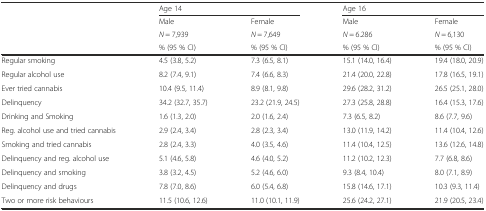
|  | <COLSPAN=2> Age 14 | <COLSPAN=2> Age 16 |
 | <ROWSPAN=3>  | Male | Female | Male | Female |
 | N = 7,939 | N = 7,649 | N = 6.286 | N = 6,130 |
 | % (95 % CI) | % (95 % CI) | % (95 % CI) | % (95 % CI) |
 | --- | --- | --- | --- | --- |
 | Regular smoking | 4.5 (3.8, 5.2) | 7.3 (6.5, 8.1) | 15.1 (14.0, 16.4) | 19.4 (18.0, 20.9) |
 | Regular alcohol use | 8.2 (7.4, 9.1) | 7.4 (6.6, 8.3) | 21.4 (20.0, 22.8) | 17.8 (16.5, 19.1) |
 | Ever tried cannabis | 10.4 (9.5, 11.4) | 8.9 (8.1, 9.8) | 29.6 (28.2, 31.2) | 26.5 (25.1, 28.0) |
 | Delinquency | 34.2 (32.7, 35.7) | 23.2 (21.9, 24.5) | 27.3 (25.8, 28.8) | 16.4 (15.3, 17.6) |
 | Drinking and Smoking | 1.6 (1.3, 2.0) | 2.0 (1.6, 2.4) | 7.3 (6.5, 8.2) | 8.6 (7.7, 9.6) |
 | Reg. alcohol use and tried cannabis | 2.9 (2.4, 3.4) | 2.8 (2.3, 3.4) | 13.0 (11.9, 14.2) | 11.4 (10.4, 12.6) |
 | Smoking and tried cannabis | 2.8 (2.4, 3.3) | 4.0 (3.5, 4.6) | 11.4 (10.4, 12.5) | 13.6 (12.6, 14.8) |
 | Delinquency and reg. alcohol use | 5.1 (4.6, 5.8) | 4.6 (4.0, 5.2) | 11.2 (10.2, 12.3) | 7.7 (6.8, 8.6) |
 | Delinquency and smoking | 3.8 (3.2, 4.5) | 5.2 (4.6, 6.0) | 9.3 (8.4, 10.4) | 8.0 (7.1, 8.9) |
 | Delinquency and drugs | 7.8 (7.0, 8.6) | 6.0 (5.4, 6.8) | 15.8 (14.6, 17.1) | 10.3 (9.3, 11.4) |
 | Two or more risk behaviours | 11.5 (10.6, 12.6) | 11.0 (10.1, 11.9) | 25.6 (24.2, 27.1) | 21.9 (20.5, 23.4) |